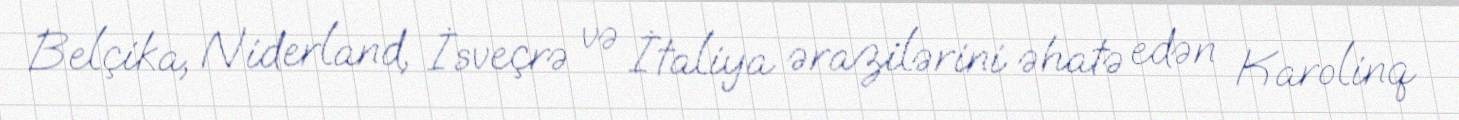
Belçika, Niderland, İsveçrə və İtaliya ərazilərini əhatə edən Karolinq